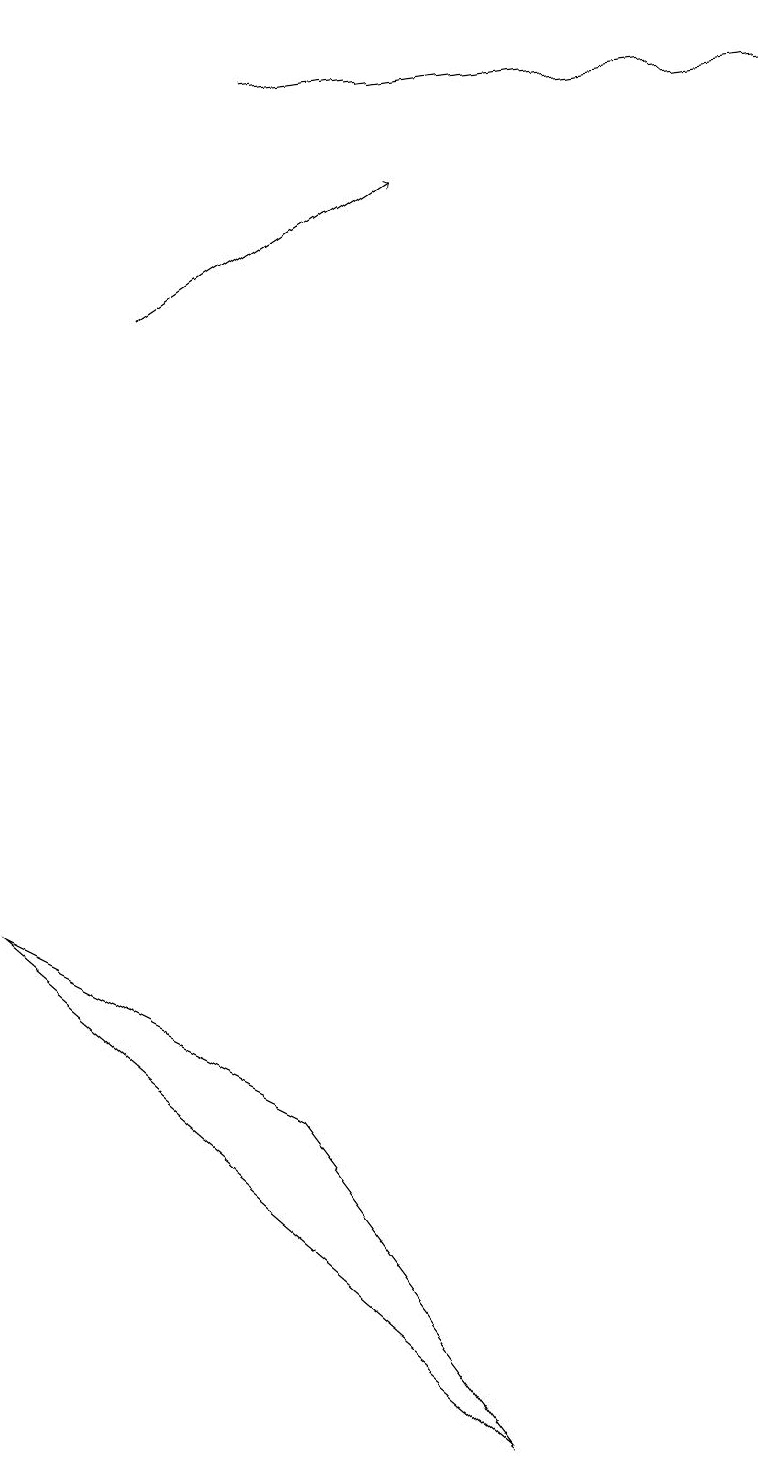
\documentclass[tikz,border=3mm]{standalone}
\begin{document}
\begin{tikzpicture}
\draw (4,4) -- (7,0) -- (0,6) -- cycle;
\draw[->] (2,17) -- (9,18);
\draw[->] (1,14) -- (4,16);
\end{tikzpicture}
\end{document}